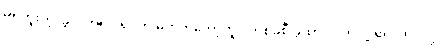
မရဘူးတဲ့၊ ခွဲလိုက်ရင် ရုပ်ကို မဟုတ်တော့ဘူး၊ တစ်ခုစီ ခွဲထားလိုက်လို့ ရှိရင် ရုပ်လို့